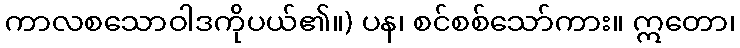
ကာလစသောဝါဒကိုပယ်၏။) ပန၊ စင်စစ်သော်ကား။ ဣတော၊